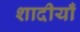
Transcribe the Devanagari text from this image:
शादीयाँ